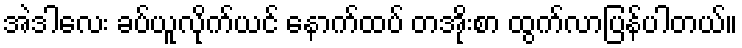
အဲဒါလေး ခပ်ယူလိုက်ယင် နောက်ထပ် တအိုးစာ ထွက်လာပြန်ပါတယ်။